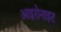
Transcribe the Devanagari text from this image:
आइरोनाइट